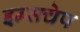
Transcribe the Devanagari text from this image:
इन्सचेप